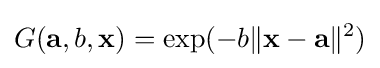
G(\mathbf {a} ,b,\mathbf {x} )=\exp(-b\|\mathbf {x} -\mathbf {a} \|^{2})